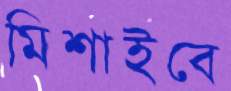
মিশাইবে